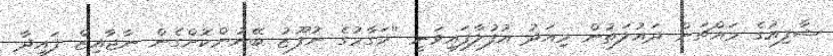
ޝާފިއުގެ މައްޗަށް ދައުލަތުން މިއަދު އުފުލާފައިވަނީ ''މަގާމުގެ ނުފޫޒު ބޭނުންކޮށްގެން ނާޖާއިޒް ފައިދާ